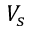
V _ { s }